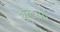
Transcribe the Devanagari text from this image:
ॲन्टवर्प